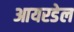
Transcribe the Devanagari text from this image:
आयरडेल